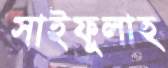
সাইফুলাহ